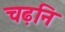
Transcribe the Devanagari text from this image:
चढ़नि